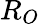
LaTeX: R_{O}